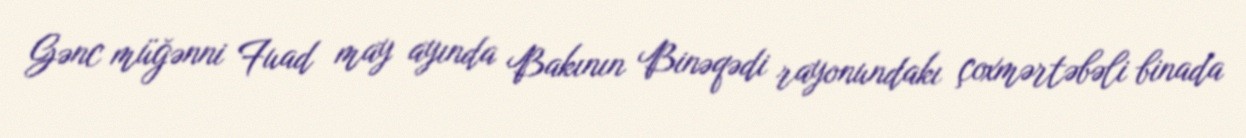
Gənc müğənni Fuad may ayında Bakının Binəqədi rayonundakı çoxmərtəbəli binada